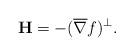
LaTeX: \begin{align*} {\bf H}=-(\overline{\nabla} f)^\perp.\end{align*}